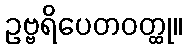
ဥဗ္ဗရိပေတဝတ္ထု။